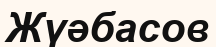
Жүәбасов